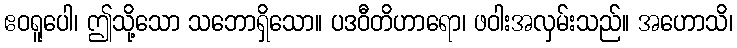
ဧဝရူပေါ၊ ဤသို့သော သဘောရှိသော။ ပဒဝီတိဟာရော၊ ဖဝါးအလှမ်းသည်။ အဟောသိ၊